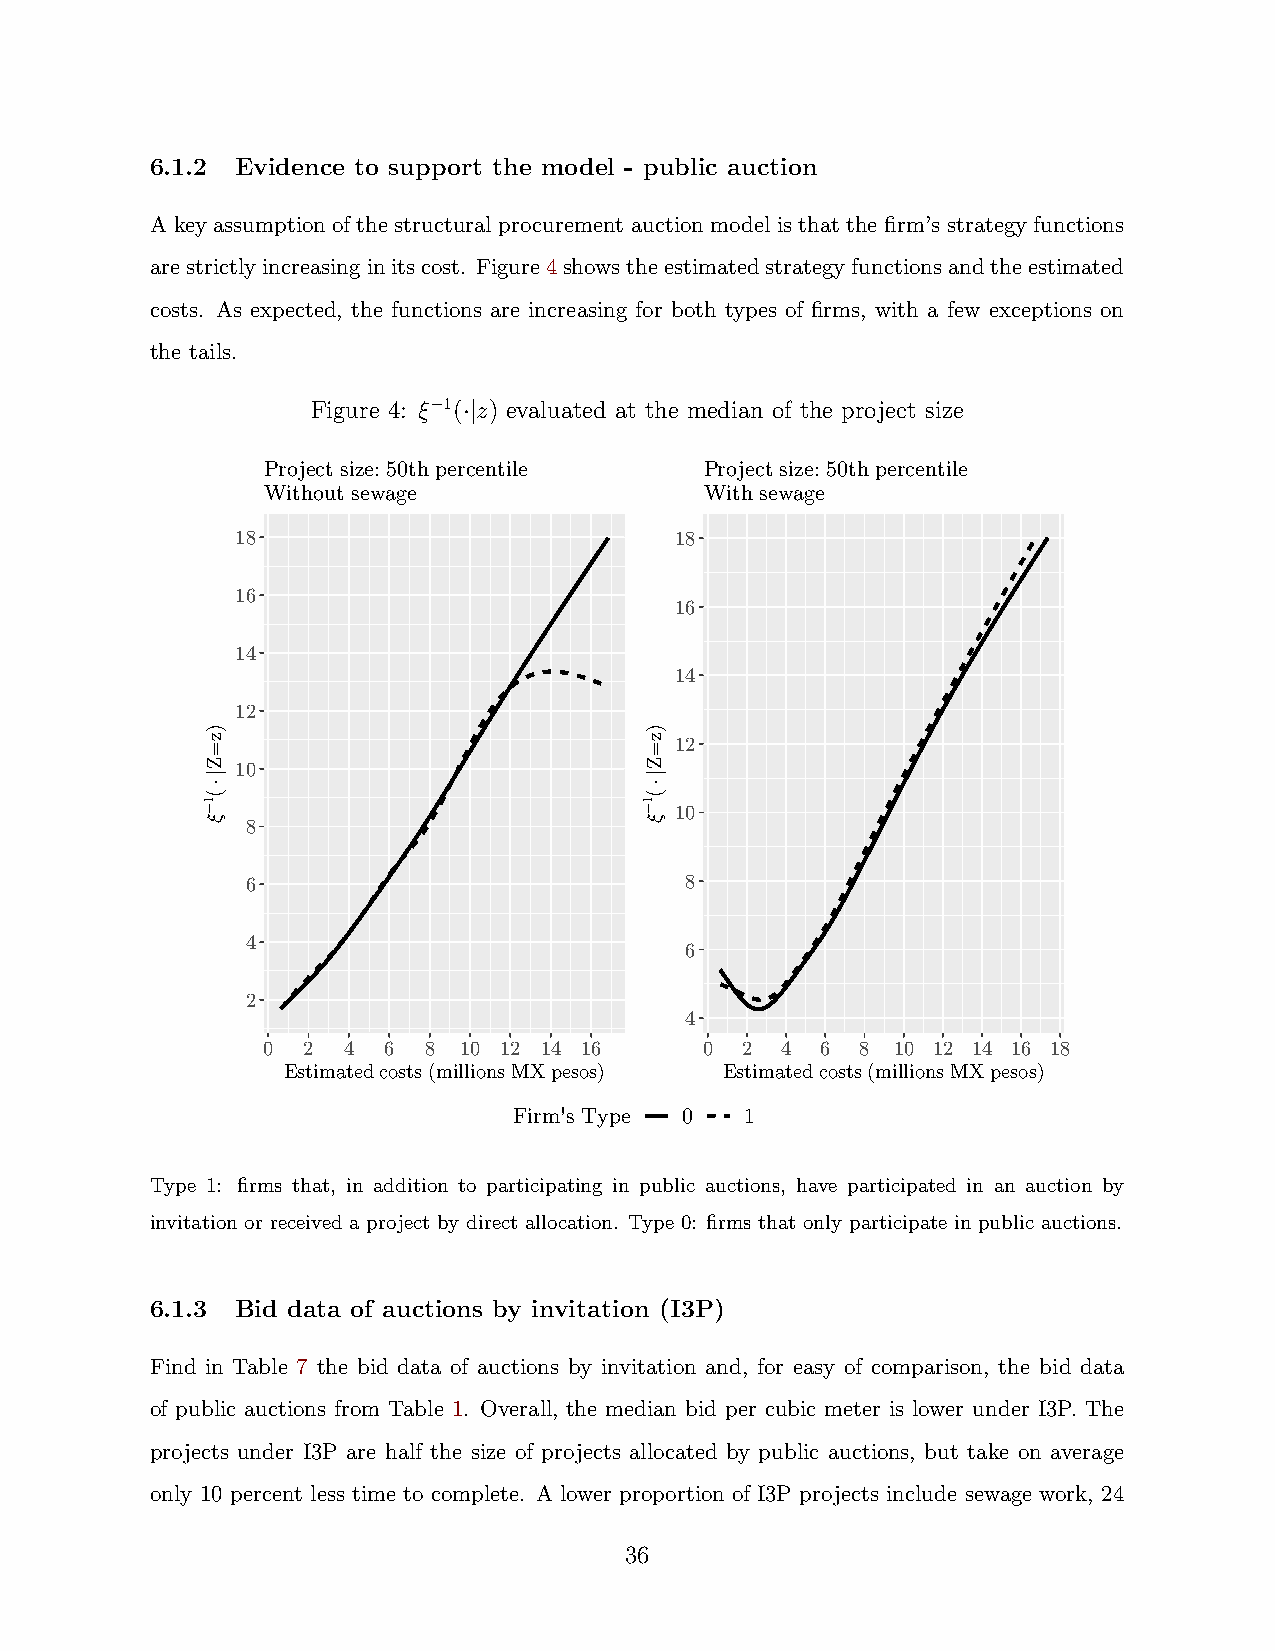
6.1.2 Evidence to support the model - public auction
 A key assumption of the structural procurement auction model is that the firm’s strategy functions
 arestrictlyincreasinginitscost. Figure4showstheestimatedstrategyfunctionsandtheestimated
 costs. As expected, the functions are increasing for both types of firms, with a few exceptions on
 the tails.
 Figure 4: ξ−1(·|z) evaluated at the median of the project size
 Project size: 50th percentile Project size: 50th percentile
 Without sewage                With sewage
 18                           18
 16
 16
 14
 14
 12
 12
 10
 10
 8
 6                            8
 4
 6
 2
 4
 0  2  4 6  8 10 12 14 16      0 2  4 6  8 10 12 14 16 18
 Estimated costs (millions MX pesos) Estimated costs (millions MX pesos)
 Firm's Type 0  1
 Type 1: firms that, in addition to participating in public auctions, have participated in an auction by
 invitation or received a project by direct allocation. Type 0: firms that only participate in public auctions.
 6.1.3 Bid data of auctions by invitation (I3P)
 Find in Table 7 the bid data of auctions by invitation and, for easy of comparison, the bid data
 of public auctions from Table 1. Overall, the median bid per cubic meter is lower under I3P. The
 projects under I3P are half the size of projects allocated by public auctions, but take on average
 only 10 percent less time to complete. A lower proportion of I3P projects include sewage work, 24
 36
 )z=Z|⋅(1−ξ                    )z=Z|⋅(1−ξ